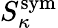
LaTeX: S_{\kappa}^{\mathrm{sym}}